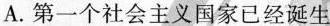
A.第一个社会主义国家已经诞生